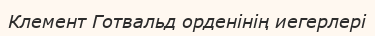
Клемент Готвальд орденінің иегерлері